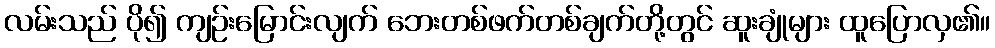
လမ်းသည် ပို၍ ကျဉ်းမြောင်းလျက် ဘေးတစ်ဖက်တစ်ချက်တို့တွင် ဆူးချုံများ ထူပြောလှ၏။